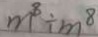
m ^ { 8 } \div m ^ { 8 }